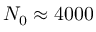
N _ { 0 } \approx 4 0 0 0